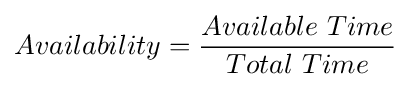
Availability={\frac {Available\ Time}{Total\ Time}}